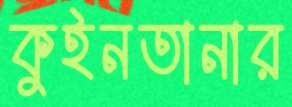
কুইনতানার